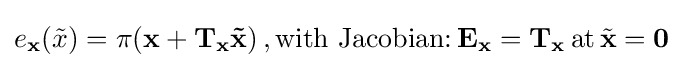
e_{\mathbf {x} }({\tilde {x}})=\pi (\mathbf {x} +\mathbf {T_{x}{\tilde {x}}} )\,,{\text{with Jacobian:}}\,\mathbf {E_{x}} =\mathbf {T_{x}} \,{\text{at}}\,{\tilde {\mathbf {x} }}=\mathbf {0}